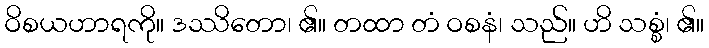
ဝိစယဟာရကို။ ဒဿိတော၊ ၏။ တထာ တံ ဝစနံ၊ သည်။ ဟိ သစ္စံ၊ ၏။